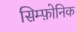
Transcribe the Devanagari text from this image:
सिम्फ़ोनिक